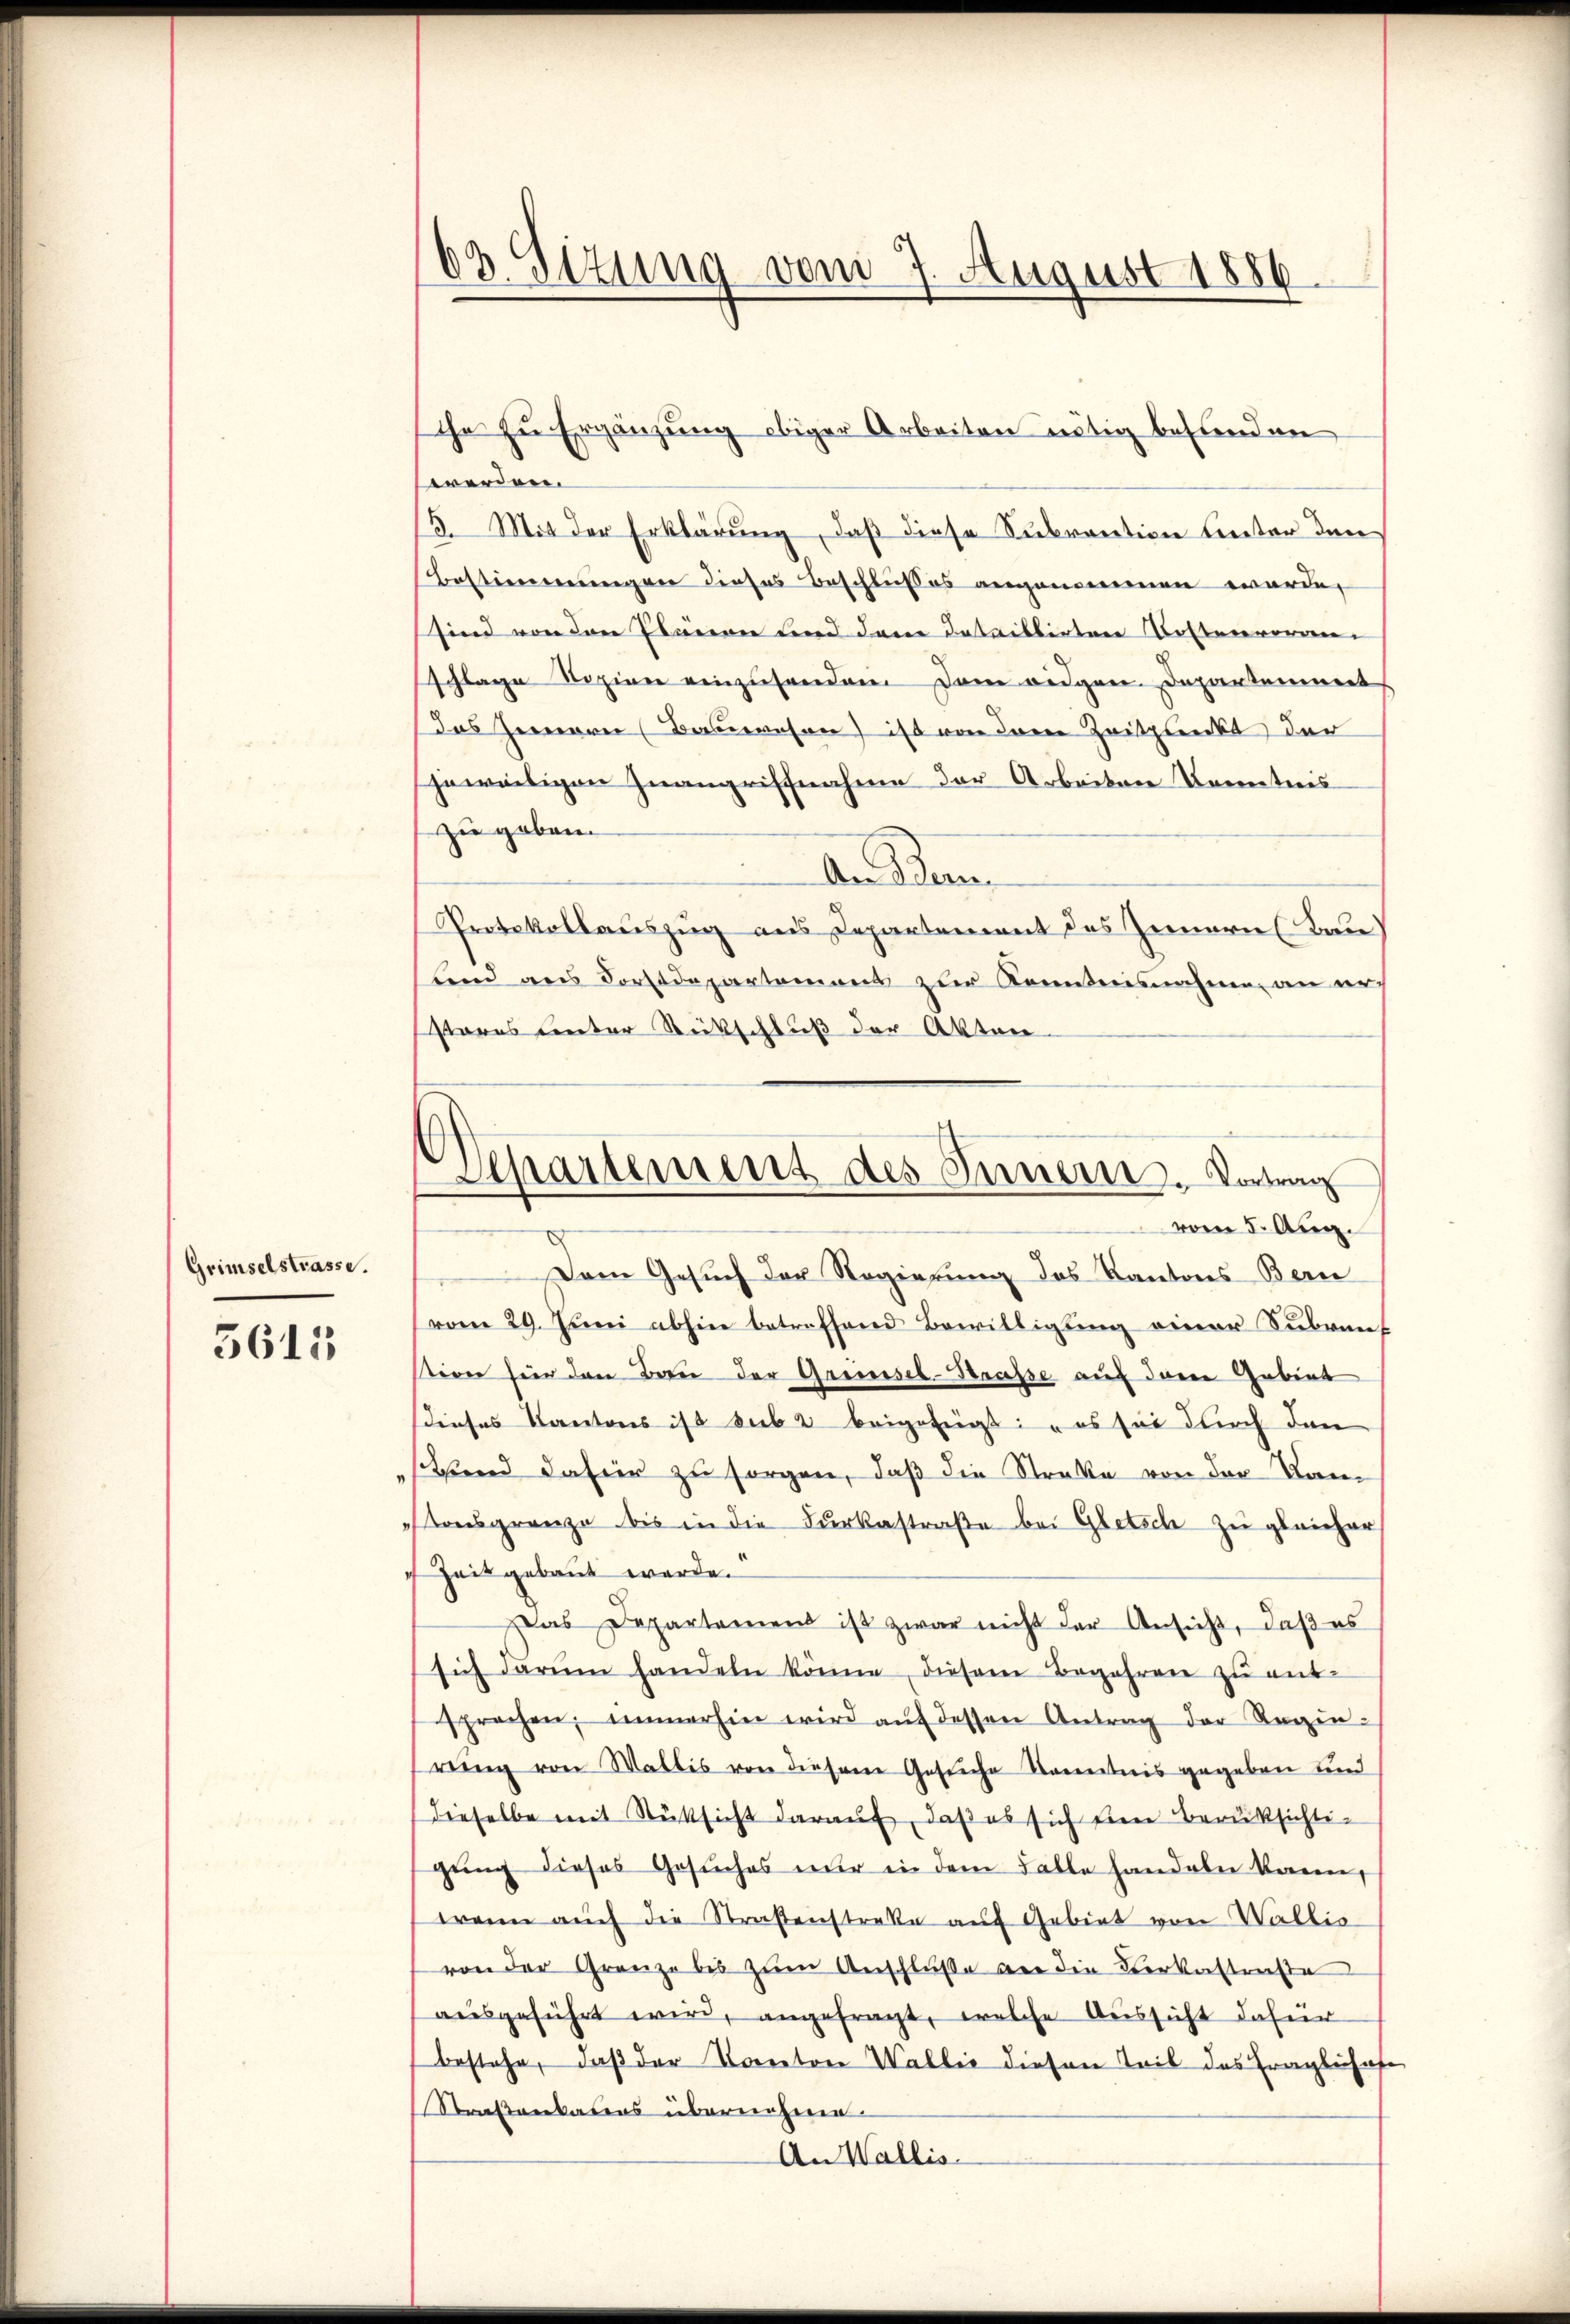
Grimselstrasse.
5611

63. Sizung vom 7. August 1886

the zu Ergänzung obiger Arbeiten nötig befinden
werden.
3. Mit der Erklärung, daß diese Subvention unter den
Bestimmungen dieses Beschlußes angenommen wurde,
sind von den Plänen und dem Dataillirten Kostenvoran
schlage Regien einzusenden dem eidgen. Departammert
Das Gernerei (Bauerwesen) ist von der Zeitpunkt dar
jeweiligen Inangriffnahme der Arbeiten Kenntnis
zu geben.
An dem
Protokollauszug aus Departement des Zennern Bau
lind aus Dorladepartement zur Kenntnisnahme an er
sares unter Rückschluß der Akten
Dem Gesuch der Regierung des Kantons Bern
vom 29. Juni abhin betreffend Bewilligung einer Subvent
tion für den Bau der Grenzsel-Strasse auf deren Gebiet
dieses Kantons ist sub 2 beigefügt: „es sie durch den
schend dahier zu sorgen, daß die Straße von der Kam
tonsgrenze bis in die Furkastraße bei Gletsch zu gleicher
Zeit gebaut werde.
Das Departament ist zwar nicht der Ansicht, daβ es
sich darum handeln könne, diesem Begehren zŭ ent-
sprechen; immerhin wird aŭf dessen Antrag der Regen-
reng von Wallis von diesem Gesuche Kenntnis gegeben und
dieselbe mit Rücksicht darauf, daß es sich sien Berüksichtigung dieses Gesuches nur in dem Falle handeln kann,
wann auch die Straßenstreke auf Gebiet von Wallio
von der Grenze bis zum Anschluße an die Verkastenste
ausgeführt wird, angefragt, welche Aussicht dafür
bestehe, daß der Kanton Wallić diesen Teil des Fragliches
Straßenkabas übernehme.
An Wallis

Separtement des Inneren. Vortrag
vom 5. Aug.